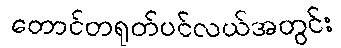
တောင်တရုတ်ပင်လယ်အတွင်း